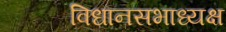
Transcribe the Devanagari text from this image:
विधानसभाध्यक्ष